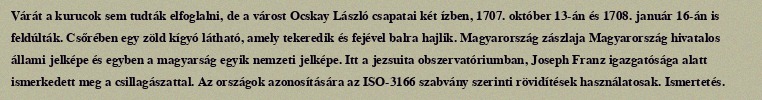
Várát a kurucok sem tudták elfoglalni, de a várost Ocskay László csapatai két ízben, 1707. október 13-án és 1708. január 16-án is feldúlták. Csőrében egy zöld kígyó látható, amely tekeredik és fejével balra hajlik. Magyarország zászlaja Magyarország hivatalos állami jelképe és egyben a magyarság egyik nemzeti jelképe. Itt a jezsuita obszervatóriumban, Joseph Franz igazgatósága alatt ismerkedett meg a csillagászattal. Az országok azonosítására az ISO-3166 szabvány szerinti rövidítések használatosak. Ismertetés.